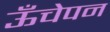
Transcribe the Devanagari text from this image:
ऊँचेपन